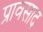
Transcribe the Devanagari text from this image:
प्रावसाद